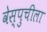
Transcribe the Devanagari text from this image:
वेस्पुचीला